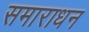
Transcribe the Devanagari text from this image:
समाराधन